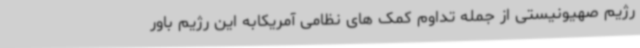
رژیم صهیونیستی از جمله تداوم کمک های نظامی آمریکابه این رژیم باور